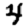
Digit: 4